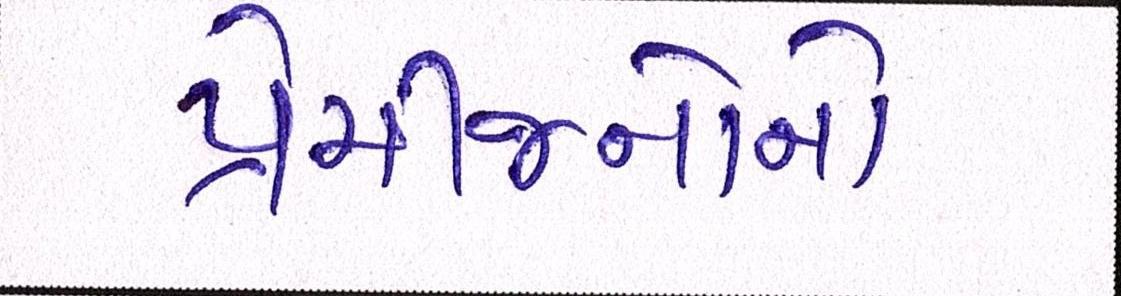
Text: પ્રેમીજનોનો